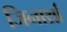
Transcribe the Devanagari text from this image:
जिनार्थ्रा